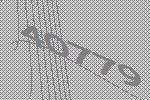
40779